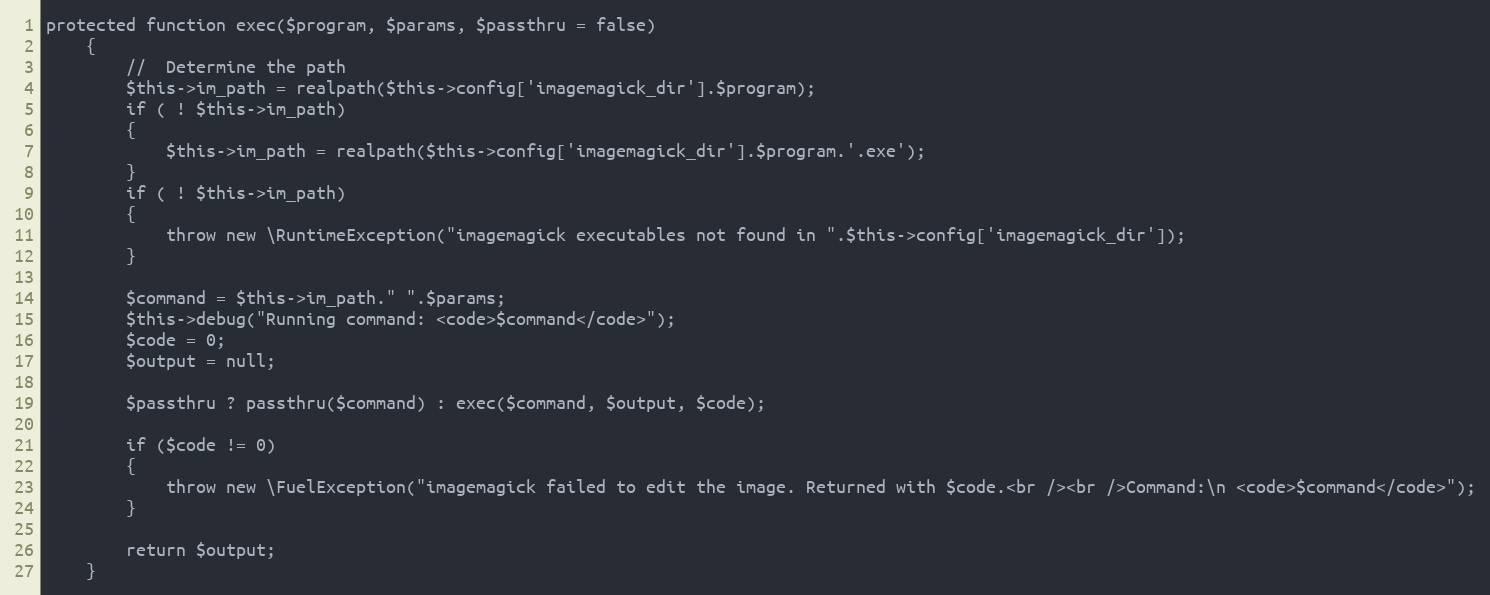
Language: PHP
protected function exec($program, $params, $passthru = false)
	{
		//  Determine the path
		$this->im_path = realpath($this->config['imagemagick_dir'].$program);
		if ( ! $this->im_path)
		{
			$this->im_path = realpath($this->config['imagemagick_dir'].$program.'.exe');
		}
		if ( ! $this->im_path)
		{
			throw new \RuntimeException("imagemagick executables not found in ".$this->config['imagemagick_dir']);
		}

		$command = $this->im_path." ".$params;
		$this->debug("Running command: <code>$command</code>");
		$code = 0;
		$output = null;

		$passthru ? passthru($command) : exec($command, $output, $code);

		if ($code != 0)
		{
			throw new \FuelException("imagemagick failed to edit the image. Returned with $code.<br /><br />Command:\n <code>$command</code>");
		}

		return $output;
	}